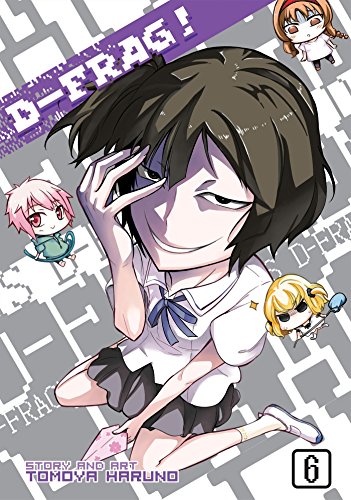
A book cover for D-Frag! Vol. 6; Tomoya Haruno; Comics & Graphic Novels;